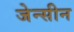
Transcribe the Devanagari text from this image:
जेन्सीन